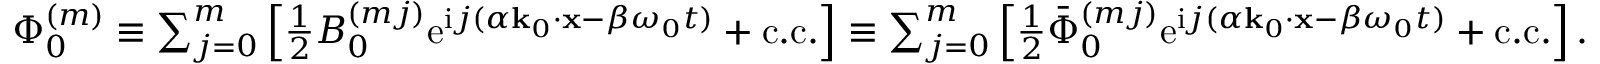
\begin{array} { r } { \Phi _ { 0 } ^ { ( m ) } \equiv \sum _ { j = 0 } ^ { m } \left[ \frac { 1 } { 2 } B _ { 0 } ^ { ( m j ) } \mathrm { e } ^ { \mathrm { i } j ( \alpha \mathbf { k } _ { 0 } \cdot \mathbf { x } - \beta \omega _ { 0 } t ) } + \mathrm { c . c . } \right] \equiv \sum _ { j = 0 } ^ { m } \left[ \frac { 1 } { 2 } \bar { \Phi } _ { 0 } ^ { ( m j ) } \mathrm { e } ^ { \mathrm { i } j ( \alpha \mathbf { k } _ { 0 } \cdot \mathbf { x } - \beta \omega _ { 0 } t ) } + \mathrm { c . c . } \right] . } \end{array}